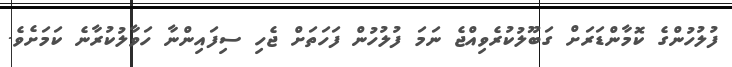
ފުލުހުންގެ ކޮމާންޑަރަށް ގަބޫލުކުރެވިއްޖެ ނަމަ ފުލުހުން ފަހަތަށް ޖެހި ސިފައިންނާ ހަވާލުކުރާނެ ކަމަށެވެ.